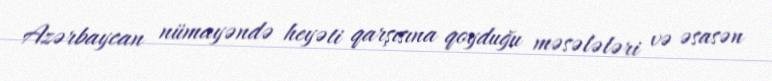
Azərbaycan nümayəndə heyəti qarşısına qoyduğu məsələləri və əsasən